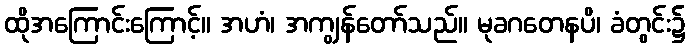
ထိုအကြောင်းကြောင့်။ အဟံ၊ အကျွန်တော်သည်။ မုခဂတေနပိ၊ ခံတွင်း၌